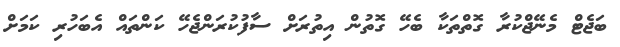
ބަޖެޓް މެނޭޖްކުރާ ގޮތްތަކާ ބެހޭ ގޮތުން އިތުރަށް ސާފުކުރަންޖެހޭ ކަންތައް އެބަހުރި ކަމަށް